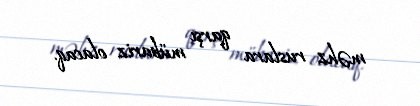
məhz ruslara qarşı mübariz olacaq.